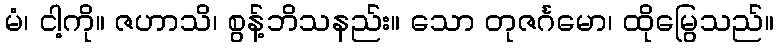
မံ၊ ငါ့ကို။ ဇဟာသိ၊ စွန့်ဘိသနည်း။ သော တုဇင်္ဂမော၊ ထိုမြွေသည်။